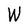
Character: W